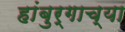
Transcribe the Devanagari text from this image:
हांबुर्गाच्या